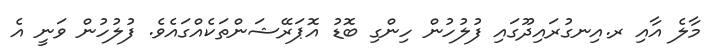
މާލެ އާއި ރ.އިނގުރައިދޫގައި ފުލުހުން ހިންގި ބޮޑު އޮޕަރޭޝަންތަކެއްގައެވެ. ފުލުހުން ވަނީ އެ